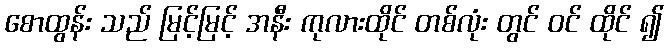
စောထွန်း သည် မြင့်မြင့် အနီး ကုလားထိုင် တစ်လုံး တွင် ဝင် ထိုင် ၍